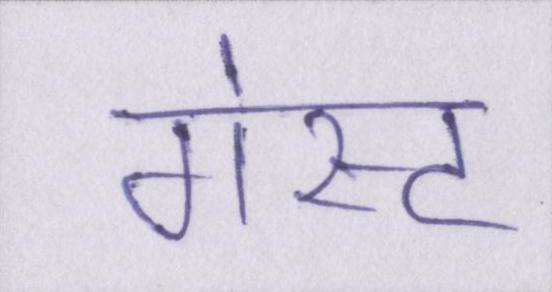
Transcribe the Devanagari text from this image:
गेस्ट